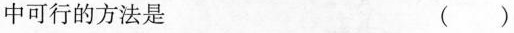
中可行的方法是 ()